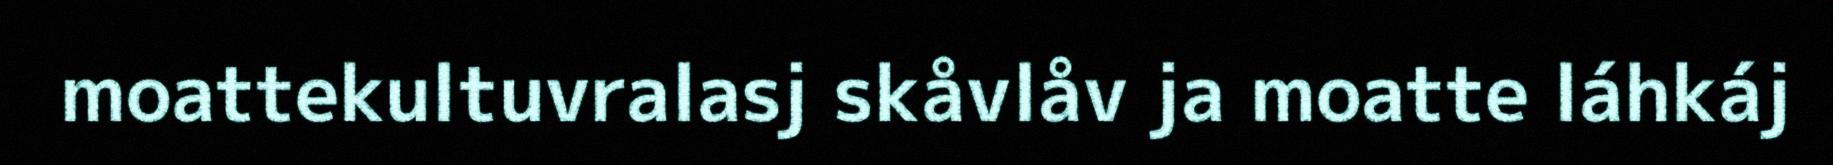
moattekultuvralasj skåvlåv ja moatte láhkáj